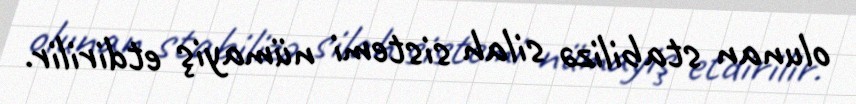
olunan stabilizə silah sistemi nümayiş etdirilir.